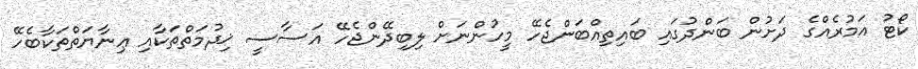
ކޯޓު އަމުރެއްގެ ދަށުން ބަންދުގައި ބައިތިއްބަންޖެހޭ މީހުންނަށް ލިބިދޭންޖެހޭ އަސާސީ ޚިދުމަތްތަކާއި ޢިނާޔަތްތަކާބެހޭ